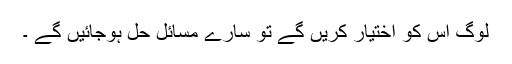
لوگ اس کو اختیار کریں گے تو سارے مسائل حل ہوجائیں گے ۔